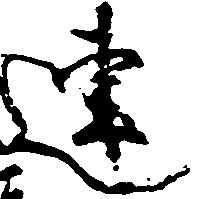
連